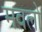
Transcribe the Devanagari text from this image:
मवलो